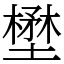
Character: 壄